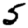
Digit: 5